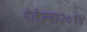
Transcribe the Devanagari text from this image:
गेलेल्या२०१४